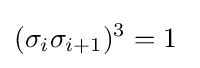
{(\sigma _{i}\sigma _{i+1}})^{3}=1\